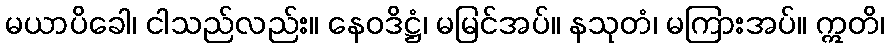
မယာပိခေါ၊ ငါသည်လည်း။ နေဝဒိဋ္ဌံ၊ မမြင်အပ်။ နသုတံ၊ မကြားအပ်။ ဣတိ၊